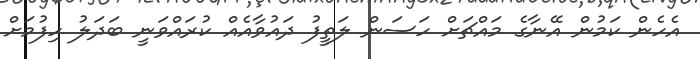
އެހެން ކަމުން އޭނާގެ މައްޗަށް ހަސަން ލަތީފު ދައުވާއެއް ކުރައްވަނީ ބަދަލު ހިފުމަށް